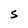
Character: S